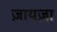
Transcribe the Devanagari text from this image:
ज़ायज़ा